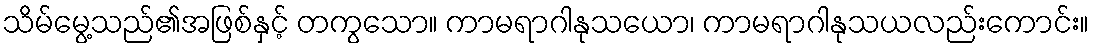
သိမ်မွေ့သည်၏အဖြစ်နှင့် တကွသော။ ကာမရာဂါနုသယော၊ ကာမရာဂါနုသယလည်းကောင်း။